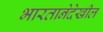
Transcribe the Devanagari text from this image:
भारतानेदेखील